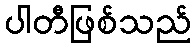
ပါတီဖြစ်သည်